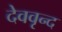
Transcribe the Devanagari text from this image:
देववृन्द